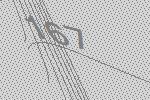
167